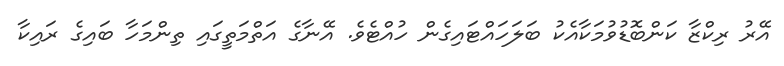
އޭރު ރިކްޒާ ކަންބޮޑުވުމަކާއެކު ބަލަހައްޓައިގެން ހުއްޓެވެ. އޭނާގެ އަތްމަތީގައި ތިންމަހާ ބައިގެ ރައިކާ